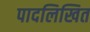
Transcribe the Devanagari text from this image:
पादलिखित